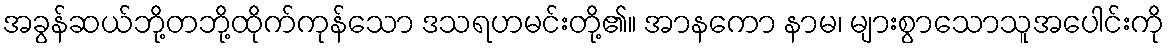
အခွန်ဆယ်ဘို့တဘို့ထိုက်ကုန်သော ဒသရဟမင်းတို့၏။ အာနကော နာမ၊ များစွာသောသူအပေါင်းကို